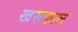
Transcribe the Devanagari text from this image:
खसकाल